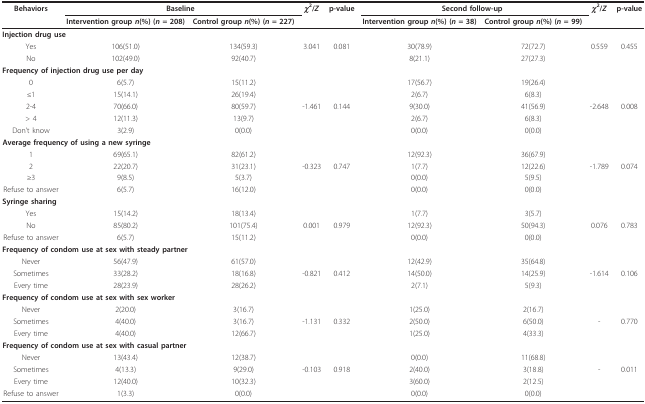
<table><thead><tr><td><b>Behaviors</b></td><td colspan="2"><b>Baseline</b></td><td><b><i>χ</i><sup>2</sup>/<i>Z</i></b></td><td><b>p-value</b></td><td colspan="2"><b>Second follow-up</b></td><td><b><i>χ</i><sup>2</sup>/<i>Z</i></b></td><td><b>p-value</b></td></tr><tr><td></td><td><b>Intervention group <i>n</i>(%) (<i>n </i>= 208)</b></td><td><b>Control group <i>n</i>(%) (<i>n </i>= 227)</b></td><td></td><td></td><td><b>Intervention group<i>n</i>(%) (<i>n </i>= 38)</b></td><td><b>Control group <i>n</i>(%) (<i>n </i>= 99)</b></td><td></td><td></td></tr></thead><tbody><tr><td colspan="9"><b>Injection drug use</b></td></tr><tr><td>Yes</td><td>106(51.0)</td><td>134(59.3)</td><td>3.041</td><td>0.081</td><td>30(78.9)</td><td>72(72.7)</td><td>0.559</td><td>0.455</td></tr><tr><td>No</td><td>102(49.0)</td><td>92(40.7)</td><td></td><td></td><td>8(21.1)</td><td>27(27.3)</td><td></td><td></td></tr><tr><td colspan="9"><b>Frequency of injection drug use per day</b></td></tr><tr><td>0</td><td>6(5.7)</td><td>15(11.2)</td><td></td><td></td><td>17(56.7)</td><td>19(26.4)</td><td></td><td></td></tr><tr><td>≤1</td><td>15(14.1)</td><td>26(19.4)</td><td></td><td></td><td>2(6.7)</td><td>6(8.3)</td><td></td><td></td></tr><tr><td>2-4</td><td>70(66.0)</td><td>80(59.7)</td><td>-1.461</td><td>0.144</td><td>9(30.0)</td><td>41(56.9)</td><td>-2.648</td><td>0.008</td></tr><tr><td>&gt; 4</td><td>12(11.3)</td><td>13(9.7)</td><td></td><td></td><td>2(6.7)</td><td>6(8.3)</td><td></td><td></td></tr><tr><td>Don&#x27;t know</td><td>3(2.9)</td><td>0(0.0)</td><td></td><td></td><td>0(0.0)</td><td>0(0.0)</td><td></td><td></td></tr><tr><td colspan="9"><b>Average frequency of using a new syringe</b></td></tr><tr><td>1</td><td>69(65.1)</td><td>82(61.2)</td><td></td><td></td><td>12(92.3)</td><td>36(67.9)</td><td></td><td></td></tr><tr><td>2</td><td>22(20.7)</td><td>31(23.1)</td><td>-0.323</td><td>0.747</td><td>1(7.7)</td><td>12(22.6)</td><td>-1.789</td><td>0.074</td></tr><tr><td>≥3</td><td>9(8.5)</td><td>5(3.7)</td><td></td><td></td><td>0(0.0)</td><td>5(9.5)</td><td></td><td></td></tr><tr><td>Refuse to answer</td><td>6(5.7)</td><td>16(12.0)</td><td></td><td></td><td>0(0.0)</td><td>0(0.0)</td><td></td><td></td></tr><tr><td colspan="9"><b>Syringe sharing</b></td></tr><tr><td>Yes</td><td>15(14.2)</td><td>18(13.4)</td><td></td><td></td><td>1(7.7)</td><td>3(5.7)</td><td></td><td></td></tr><tr><td>No</td><td>85(80.2)</td><td>101(75.4)</td><td>0.001</td><td>0.979</td><td>12(92.3)</td><td>50(94.3)</td><td>0.076</td><td>0.783</td></tr><tr><td>Refuse to answer</td><td>6(5.7)</td><td>15(11.2)</td><td></td><td></td><td>0(0.0)</td><td>0(0.0)</td><td></td><td></td></tr><tr><td colspan="9"><b>Frequency of condom use at sex with steady partner</b></td></tr><tr><td>Never</td><td>56(47.9)</td><td>61(57.0)</td><td></td><td></td><td>12(42.9)</td><td>35(64.8)</td><td></td><td></td></tr><tr><td>Sometimes</td><td>33(28.2)</td><td>18(16.8)</td><td>-0.821</td><td>0.412</td><td>14(50.0)</td><td>14(25.9)</td><td>-1.614</td><td>0.106</td></tr><tr><td>Every time</td><td>28(23.9)</td><td>28(26.2)</td><td></td><td></td><td>2(7.1)</td><td>5(9.3)</td><td></td><td></td></tr><tr><td colspan="9"><b>Frequency of condom use at sex with sex worker</b></td></tr><tr><td>Never</td><td>2(20.0)</td><td>3(16.7)</td><td></td><td></td><td>1(25.0)</td><td>2(16.7)</td><td></td><td></td></tr><tr><td>Sometimes</td><td>4(40.0)</td><td>3(16.7)</td><td>-1.131</td><td>0.332</td><td>2(50.0)</td><td>6(50.0)</td><td>-</td><td>0.770</td></tr><tr><td>Every time</td><td>4(40.0)</td><td>12(66.7)</td><td></td><td></td><td>1(25.0)</td><td>4(33.3)</td><td></td><td></td></tr><tr><td colspan="9"><b>Frequency of condom use at sex with casual partner</b></td></tr><tr><td>Never</td><td>13(43.4)</td><td>12(38.7)</td><td></td><td></td><td>0(0.0)</td><td>11(68.8)</td><td></td><td></td></tr><tr><td>Sometimes</td><td>4(13.3)</td><td>9(29.0)</td><td>-0.103</td><td>0.918</td><td>2(40.0)</td><td>3(18.8)</td><td>-</td><td>0.011</td></tr><tr><td>Every time</td><td>12(40.0)</td><td>10(32.3)</td><td></td><td></td><td>3(60.0)</td><td>2(12.5)</td><td></td><td></td></tr><tr><td>Refuse to answer</td><td>1(3.3)</td><td>0(0.0)</td><td></td><td></td><td>0(0.0)</td><td>0(0.0)</td><td></td><td></td></tr></tbody></table>